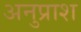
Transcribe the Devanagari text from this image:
अनुप्राश